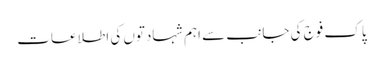
پاک فوج کی جانب سے اہم شہادتوں کی اطلاعات